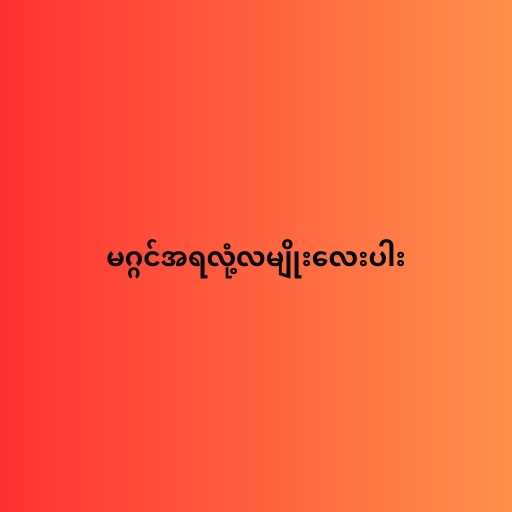
မဂ္ဂင်အရလုံ့လမျိုးလေးပါး